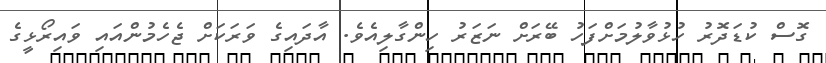
ގޮސް ކުޑަދޮރު ހުޅުވާލުމަށްފަހު ބޭރަށް ނަޒަރު ހިންގާލިއެވެ. އާދައިގެ ވަރަކަށް ޖެހެމުންއައި ވައިރޯޅީީގެ